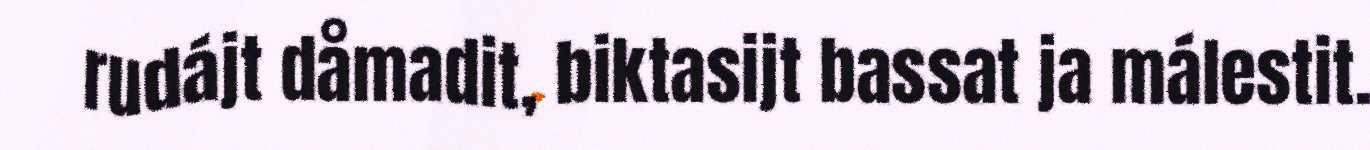
rudájt dåmadit, biktasijt bassat ja málestit.